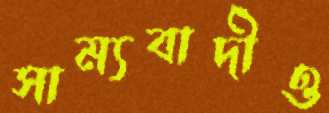
সাম্যবাদীও